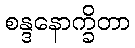
စန္ဒနောက္ခိတာ